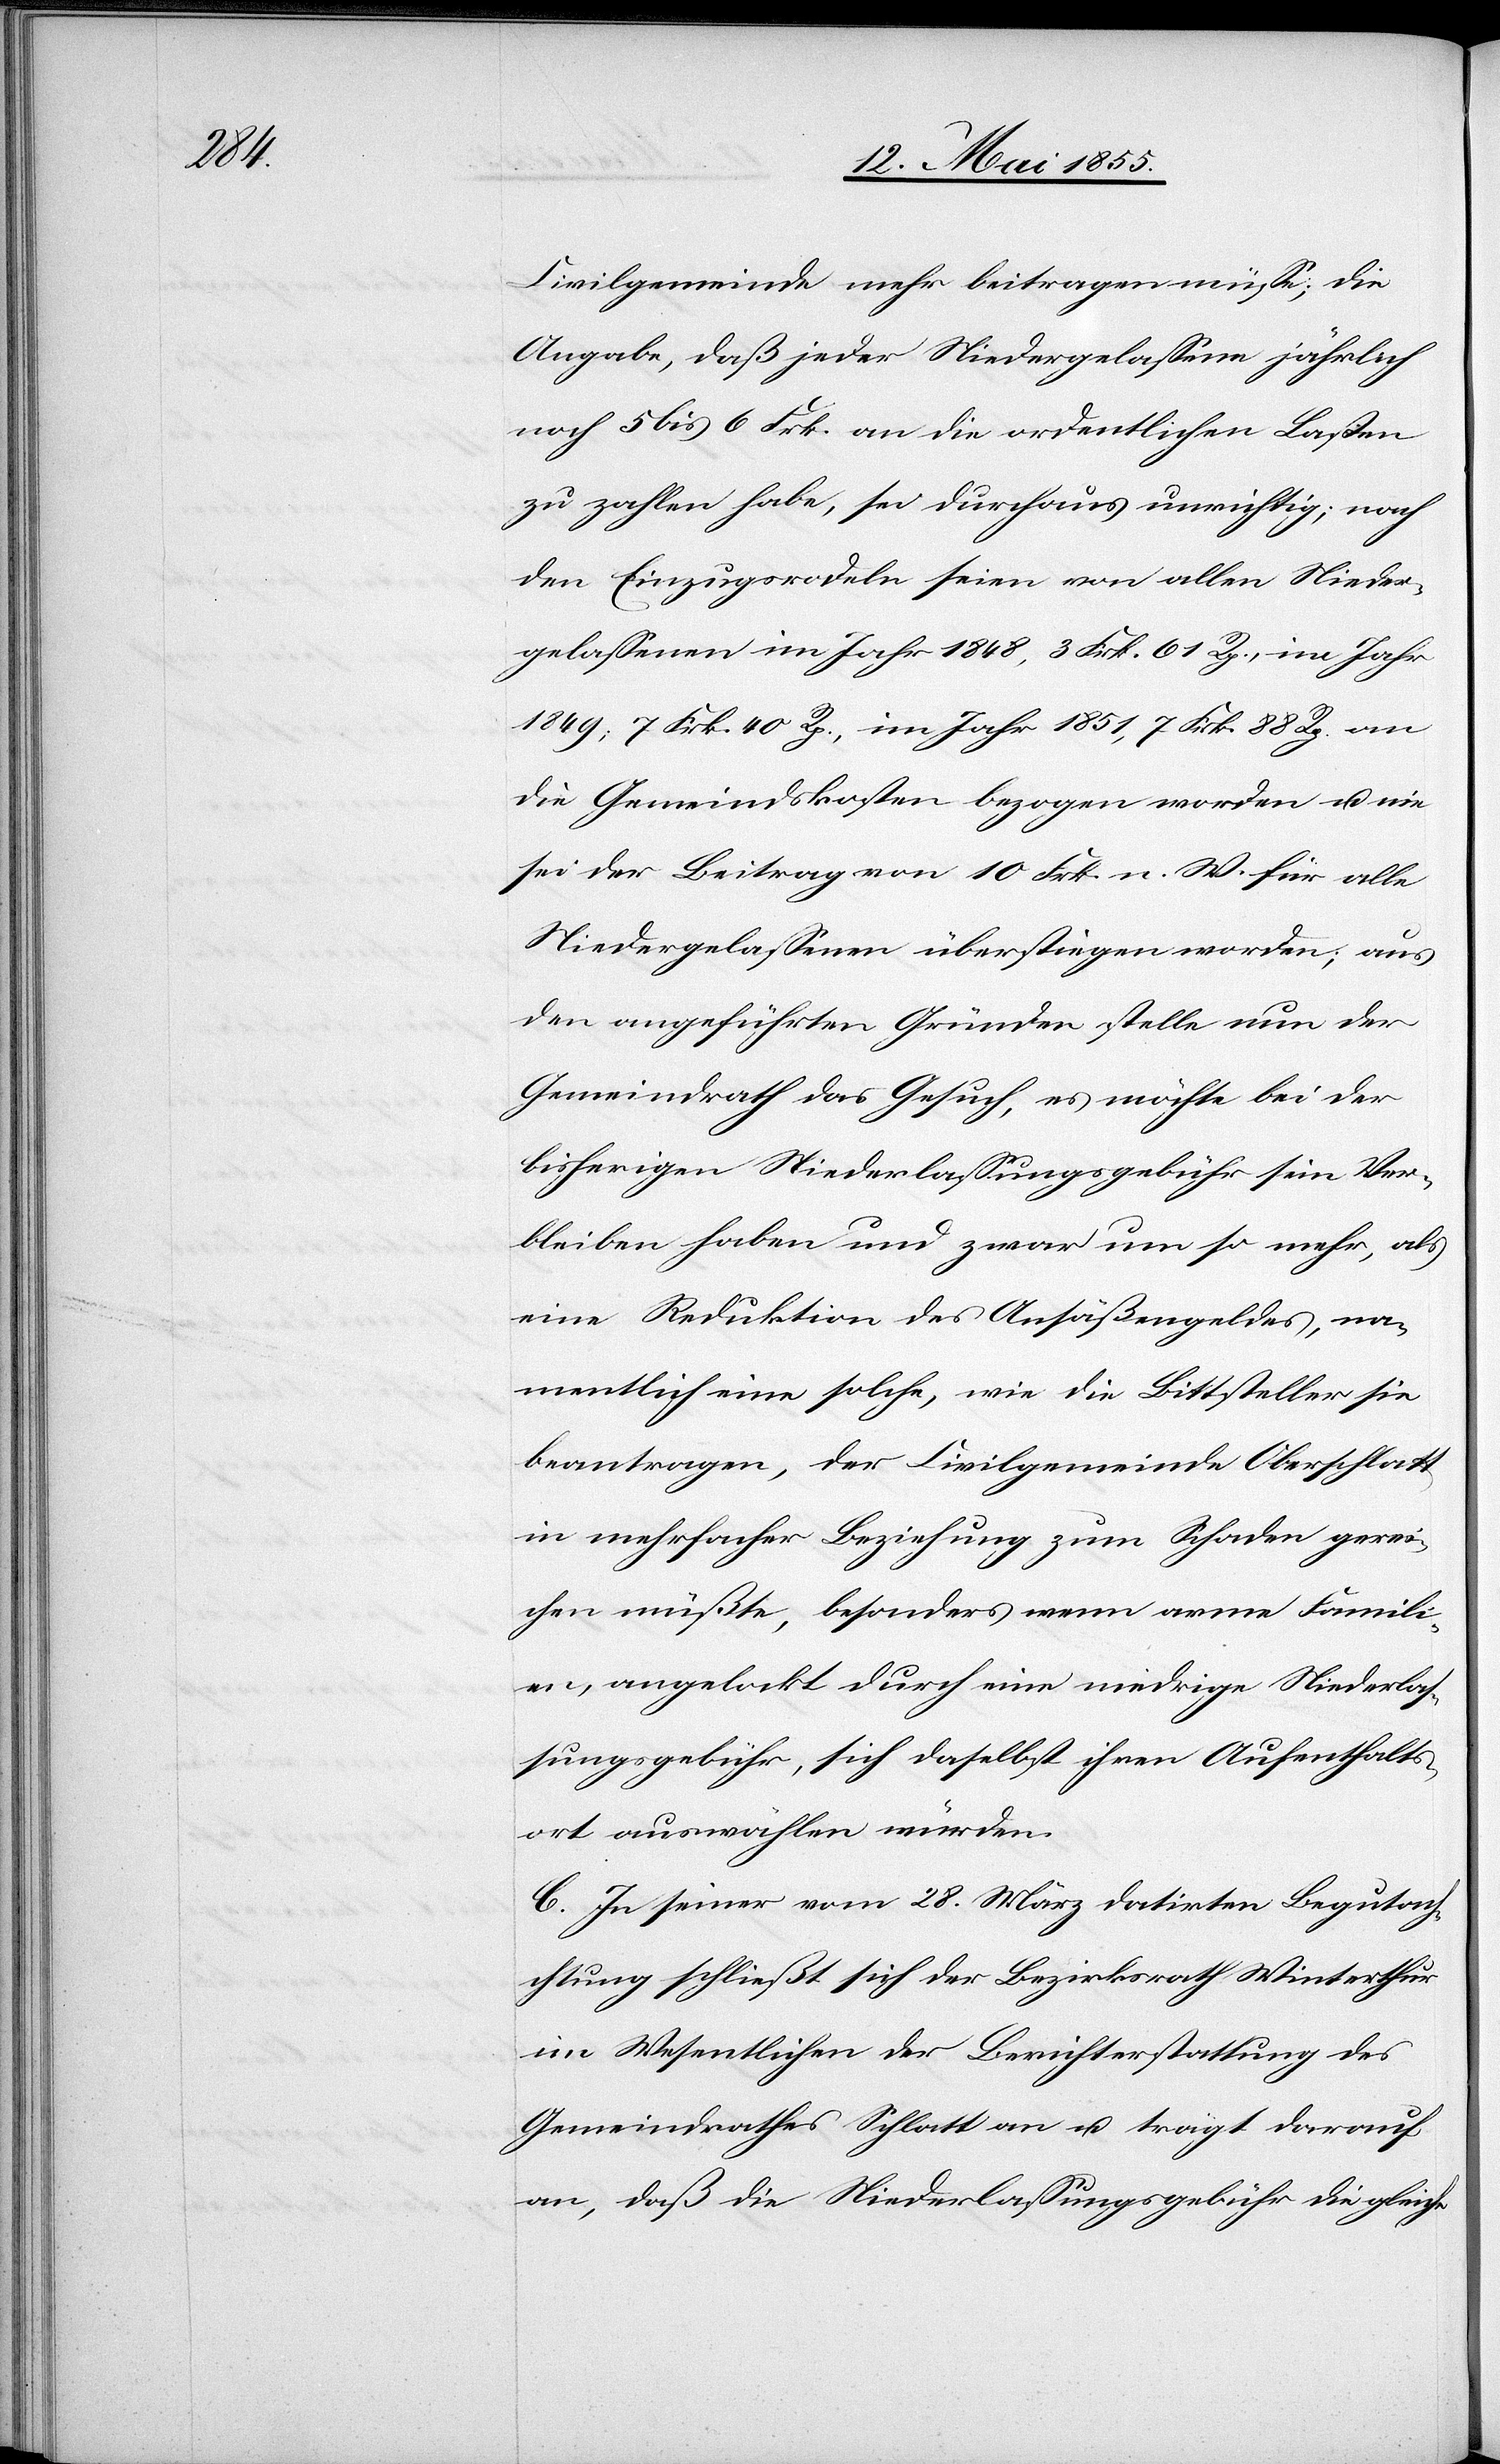
Civilgemeinde mehr beitragen müsse; die
Angabe, daß jeder Niedergelassene jährlich
noch 5 bis 6 Frk. an die ordentlichen Lasten
zu zahlen habe, sei durchaus unrichtig; nach
den Einzugsrodeln seien von allen Nieder¬
gelassenen im Jahr 1848, 3 Frk. 61 Rp., im Jahr
1849; 7 Frk. 40 Rp., im Jahr 1851, 7 Frk. 88 Rp. an
die Gemeindskosten bezogen worden u. nie
sei der Betrag von 10 Frk. n. W. für alle
Niedergelassenen überstiegen worden; aus
den angeführten Gründen stelle nun der
Gemeindrath das Gesuch, es möchte bei der
bisherigen Niederlassungsgebühr sein Ver¬
bleiben haben und zwar um so mehr, als
eine Reduktion des Ansäßengeldes, na¬
mentlich eine solche, wie die Bittsteller sie
beantragen, der Civilgemeinde Oberschlatt
in mehrfacher Beziehung zum Schaden gerei¬
chen müßte, besonders wenn arme Famili¬
en, angelockt durch eine niedrige Niederlas¬
sungsgebühr, sich daselbst ihren Aufenthalts¬
ort auswählen würden.
C. In seiner vom 28. März datirten Begutachchtung
[sic!] schließt sich der Bezirksrath Winterthur
im Wesentlichen der Berichterstattung des
Gemeindrathes Schlatt an u. trägt darauf
an, daß die Niederlassungsgebühr die gleiche